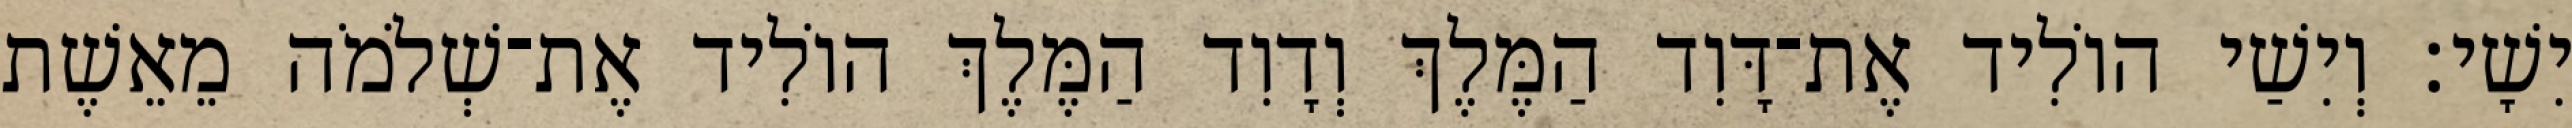
יִשָׁי׃ וְיִשַׁי הוֹלִיד אֶת־דָּוִד הַמֶּלֶךְ וְדָוִד הַמֶּלֶךְ הוֹלִיד אֶת־שְׁלֹמֹה מֵאֵשֶׁת